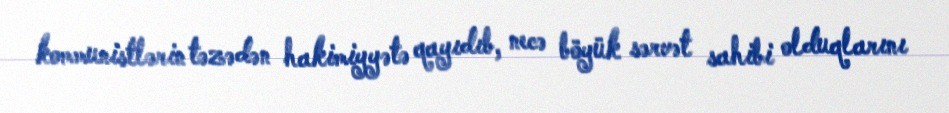
kommunistlərin təzədən hakimiyyətə qayıdıb, necə böyük sərvət sahibi olduqlarını